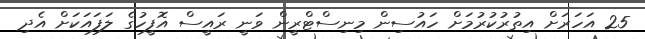
25 އަހަރަށް އިތުރުކުރުމަށް ހައުސިން މިނިސްޓްރީން ވަނީ ރައީސް އޮފީހުގެ ލަފައަކަށް އެދި